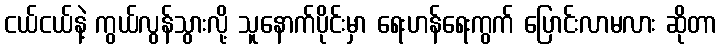
ငယ်ငယ်နဲ့ ကွယ်လွန်သွားလို့ သူနောက်ပိုင်းမှာ ရေးဟန်ရေးကွက် ပြောင်းလာမလား ဆိုတာ